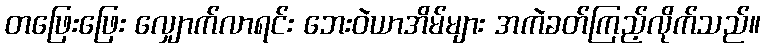
တဖြေးဖြေး လျှောက်လာရင်း ဘေးဝဲယာအိမ်များ အကဲခတ်ကြည့်လိုက်သည်။